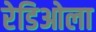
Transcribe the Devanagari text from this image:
रेडिओला